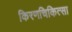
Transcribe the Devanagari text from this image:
किरणचिकित्सा